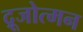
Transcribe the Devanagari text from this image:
द्रूजोत्मन